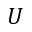
U